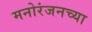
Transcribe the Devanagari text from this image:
मनोरंजनच्या